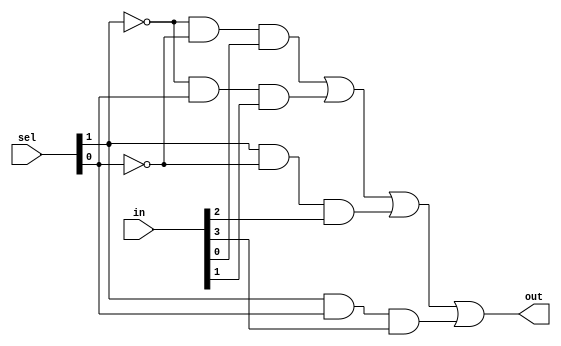
module mux_4_to_1(output out, input [1:0]sel, input [3:0]in);
	assign out = (!sel[1] && !sel[0] && in[0]) || (!sel[1] && sel[0] && in[1]) || (sel[1] && !sel[0] && in[2]) || (sel[1] && sel[0] && in[3]);
endmodule